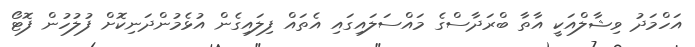
އަހްމަދު ވިޝާލްއަކީ އާތާ ބްރަދާސްގެ މައްސަލައިގައި އެތައް ފިލައިގެން އުޅެމުންދަނިކޮށް ފުލުހުން ފޮޓޯ